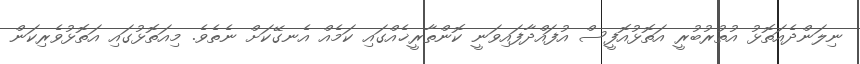
ނިލަންދެއަތޮޅު އުތުރުބުރީ އަތޮޅުއޮފީސް އުފައްދާފައިވަނީ ކޮންތާރީޚެއްގައި ކަމެއް އެނގޭކަށް ނެތެވެ. މިއަތޮޅުގައި އަތޮޅުވެރިކަން